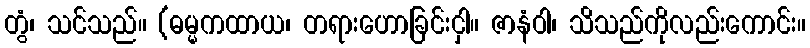
တွံ၊ သင်သည်။ (ဓမ္မကထာယ၊ တရားဟောခြင်းငှါ။ ဇာနံဝါ၊ သိသည်ကိုလည်းကောင်း။